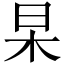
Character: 杲